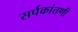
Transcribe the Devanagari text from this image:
सर्पकांतणी